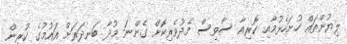
ލިޔުންތައް ހުށަހެޅުމާއި ކޮރިއާ ސާވިސް މެދުވެރިކޮށް ގެންނަ މުދާ ބަނދަރަށް އައުމުގެ ކުރިން